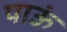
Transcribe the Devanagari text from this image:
पाऊं